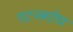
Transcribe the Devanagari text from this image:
एटनबरोघ